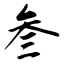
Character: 叁